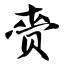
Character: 赍